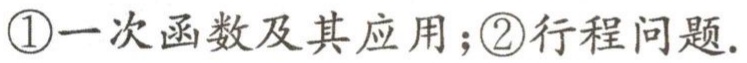
\textcircled{1}一次函数及其应用；\textcircled{2}行程问题.